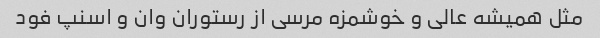
مثل همیشه عالی و خوشمزه مرسی از رستوران وان و اسنپ فود